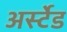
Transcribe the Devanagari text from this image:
अर्स्टेड